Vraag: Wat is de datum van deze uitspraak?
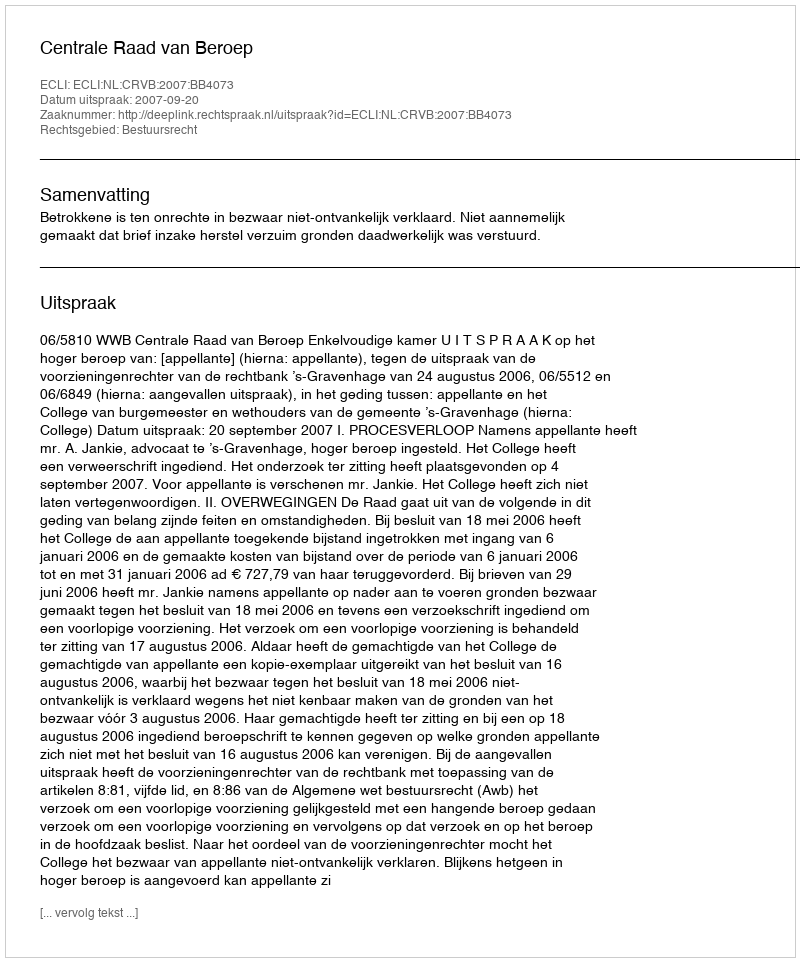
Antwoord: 2007-09-20